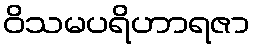
ဝိသမပရိဟာရဇာ